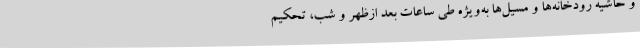
و حاشیه رودخانه‌ها و مسیل‌ها به‌ویژه طی ساعات بعد ازظهر و شب، تحکیم